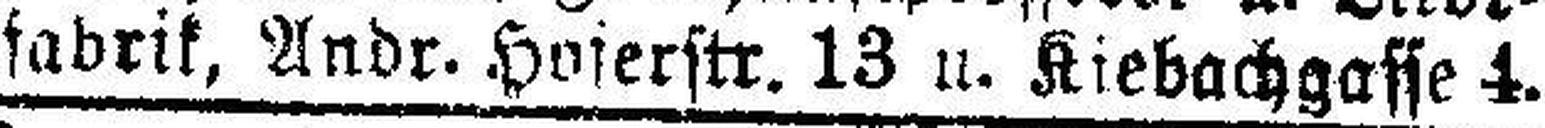
fabrik, Andr. Hoferstr. 13 u. Kiebachgasse 4.